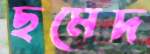
ছমেদ